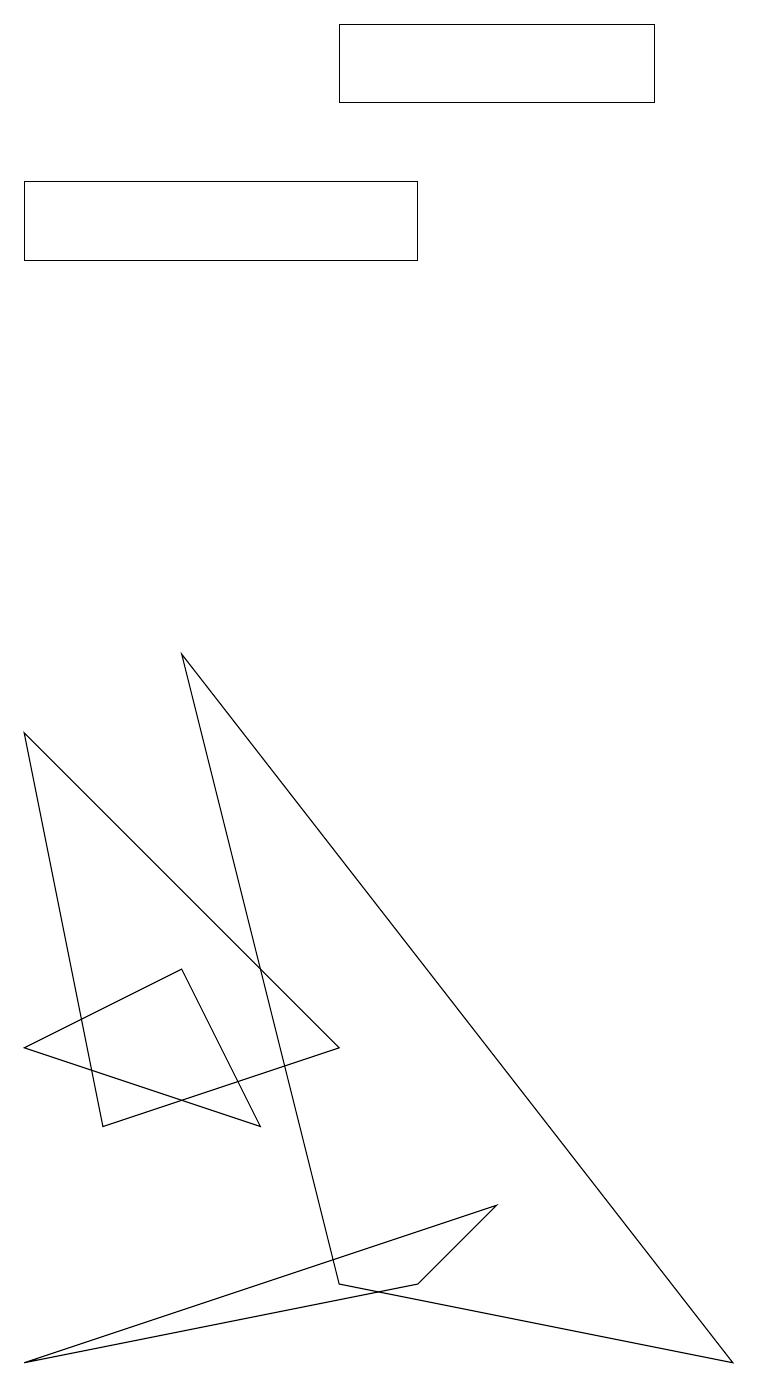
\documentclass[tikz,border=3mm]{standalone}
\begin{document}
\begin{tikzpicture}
\draw (1,3) -- (0,8) -- (4,4) -- cycle;
\draw (2,9) -- (9,0) -- (4,1) -- cycle;
\draw (5,14) rectangle (0,15);
\draw (3,3) -- (0,4) -- (2,5) -- cycle;
\draw (8,17) rectangle (4,16);
\draw (0,0) -- (6,2) -- (5,1) -- cycle;
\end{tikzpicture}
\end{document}